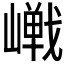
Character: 𪩔